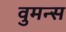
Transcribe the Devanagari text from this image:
वुमन्स